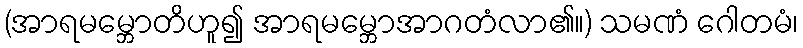
(အာရမမ္ဘောတိဟူ၍ အာရမမ္ဘောအာဂတံလာ၏။) သမဏံ ဂေါတမံ၊